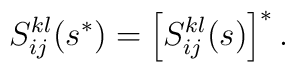
S^{kl}_{ij}(s^*)=\left[S^{kl}_{ij}(s)\right]^*.